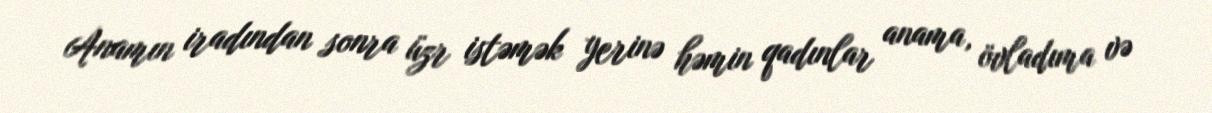
Anamın iradından sonra üzr istəmək yerinə həmin qadınlar anama, övladıma və